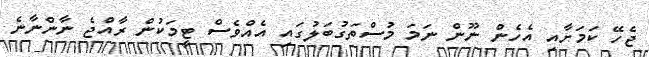
ޖެހޭ ކަމަށާއި އެހެން ނޫން ނަމަ މުސްތަގުބަލުގައި އެއްވެސް ޓީމަކުން ރާއްޖެ ނާންނާނެ